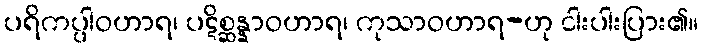
ပရိကပ္ပါဝဟာရ၊ ပဋိစ္ဆန္နာဝဟာရ၊ ကုသာဝဟာရ-ဟု ငါးပါးပြား၏။